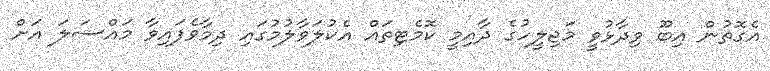
އެގޮތުން އިބޫ ވިދާޅުވީ މަޖިލީހުގެ ދާއިމީ ކޮމެޓިތައް އެކުލަވާލުމުގައި ދިމާވެފައިވާ މައްސަލަ އަށް